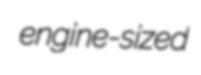
engine-sized